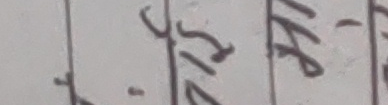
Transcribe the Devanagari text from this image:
३.१५ बजेर